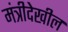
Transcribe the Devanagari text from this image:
मंत्रीदेखील